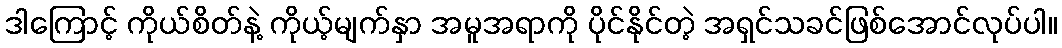
ဒါကြောင့် ကိုယ်စိတ်နဲ့ ကိုယ့်မျက်နှာ အမူအရာကို ပိုင်နိုင်တဲ့ အရှင်သခင်ဖြစ်အောင်လုပ်ပါ။